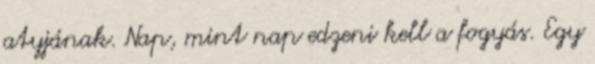
atyjának. Nap, mint nap edzeni kell a fogyás. Egy